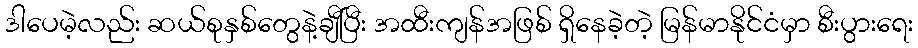
ဒါပေမဲ့လည်း ဆယ်စုနှစ်တွေနဲ့ချီပြီး အထီးကျန်အဖြစ် ရှိနေခဲ့တဲ့ မြန်မာနိုင်ငံမှာ စီးပွားရေး